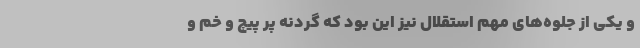
و یکی از جلوه‌های مهم استقلال نیز این بود که گردنه ‌پر پیچ و خم و